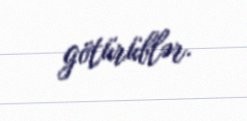
götürüblər.